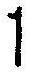
1